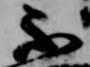
不